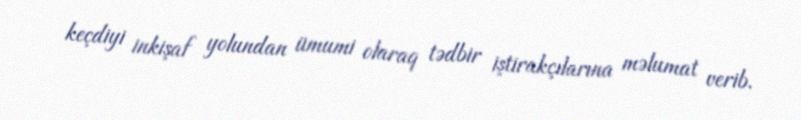
keçdiyi inkişaf yolundan ümumi olaraq tədbir iştirakçılarına məlumat verib.